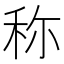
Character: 称